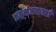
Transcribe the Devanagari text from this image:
प्रदर्शनकर्त्ता